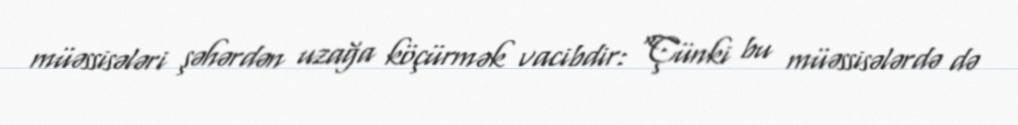
müəssisələri şəhərdən uzağa köçürmək vacibdir: “Çünki bu müəssisələrdə də